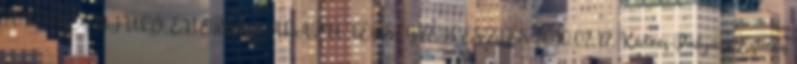
2010. MEGÚJULÓ ENERGIA ALAPÚ TÉRSÉGFEJLESZTÉS 2010.02.17. Kedves Pályázó Ezúton